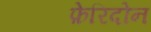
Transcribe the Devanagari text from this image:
फ़ेरिदोन